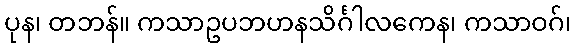
ပုန၊ တဘန်။ ကသာဥပဘဟနသိင်္ဂါလကေန၊ ကသာဝဂ်၊